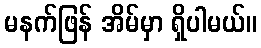
မနက်ဖြန် အိမ်မှာ ရှိပါမယ်။